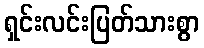
ရှင်းလင်းပြတ်သားစွာ